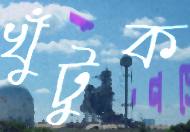
খুঁটুক